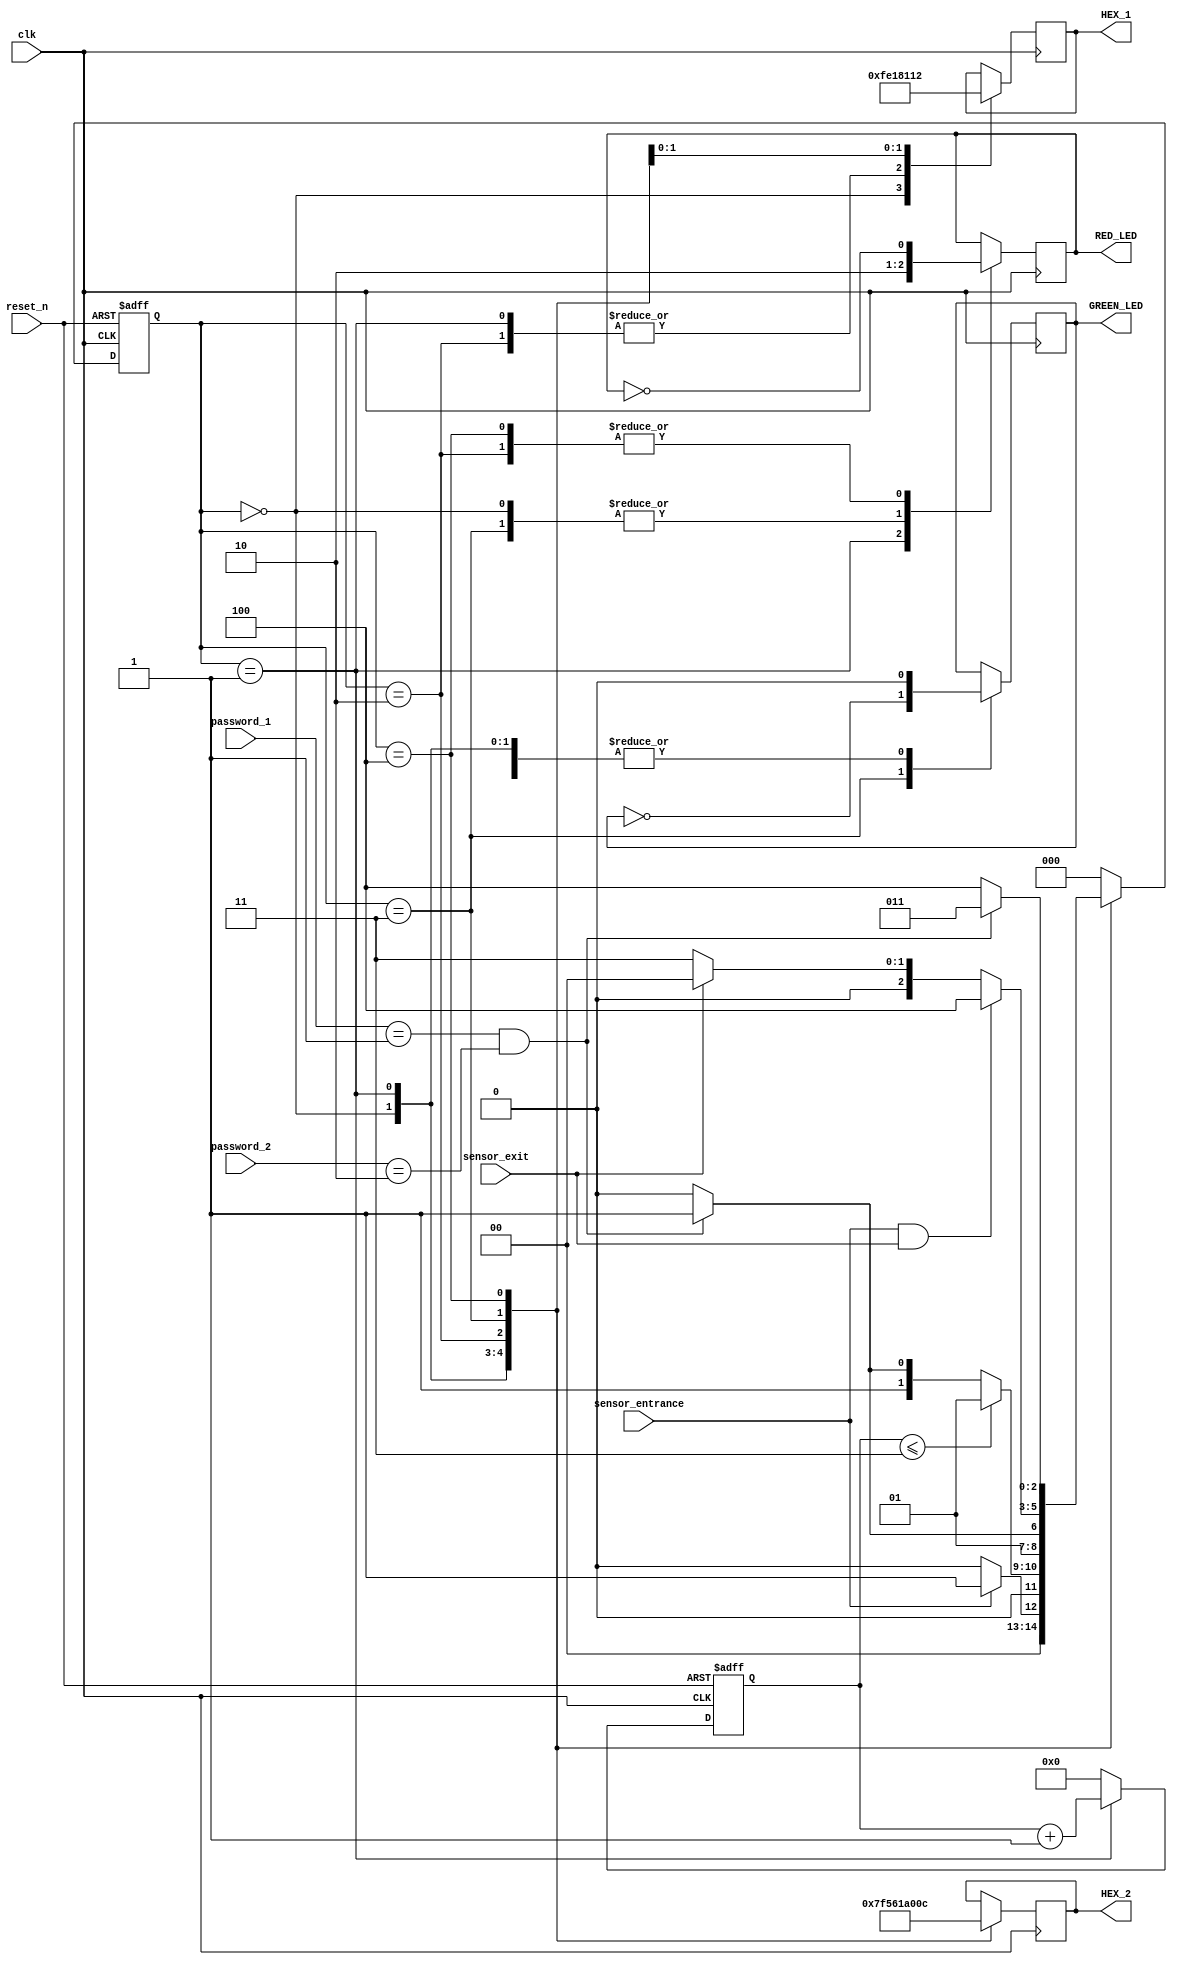
`timescale 1ns / 1ps
//////////////////////////////////////////////////////////////////////////////////
// Company: 
// Engineer: 
// 
// Design Name: 
// Module Name: cpsys
// Project Name: 
// Target Devices: 
// Tool Versions: 
// Description: 
// 
// Dependencies: 
// 
// Revision:
// Revision 0.01 - File Created
// Additional Comments:
// 
//////////////////////////////////////////////////////////////////////////////////


module cpsys(input clk,reset_n,
 input sensor_entrance, sensor_exit, 
 input [1:0] password_1, password_2,
 output wire GREEN_LED,RED_LED,
 output reg [6:0] HEX_1, HEX_2
    );
parameter IDLE = 3'b000, WAIT_PASSWORD = 3'b001, WRONG_PASS = 3'b010, RIGHT_PASS = 3'b011,STOP = 3'b100;
 // Moore FSM : output just depends on the current state
 reg[2:0] current_state, next_state;
 reg[31:0] counter_wait;
 reg red_tmp,green_tmp;
 // Next state
 always @(posedge clk or negedge reset_n)
 begin
 if(~reset_n) 
 current_state = IDLE;
 else
 current_state = next_state;
 end
 // counter_wait
 always @(posedge clk or negedge reset_n) 
 begin
 if(~reset_n) 
 counter_wait <= 0;
 else if(current_state==WAIT_PASSWORD)
 counter_wait <= counter_wait + 1;
 else 
 counter_wait <= 0;
 end
 // change state
 always @(*)
 begin
 case(current_state)
 IDLE: begin
         if(sensor_entrance == 1)
 next_state = WAIT_PASSWORD;
 else
 next_state = IDLE;
 end
 WAIT_PASSWORD: begin
 if(counter_wait <= 3)
 next_state = WAIT_PASSWORD;
 else 
 begin
 if((password_1==2'b01)&&(password_2==2'b10))
 next_state = RIGHT_PASS;
 else
 next_state = WRONG_PASS;
 end
 end
 WRONG_PASS: begin
 if((password_1==2'b01)&&(password_2==2'b10))
 next_state = RIGHT_PASS;
 else
 next_state = WRONG_PASS;
 end
 RIGHT_PASS: begin
 if(sensor_entrance==1 && sensor_exit == 1)
 next_state = STOP;
 else if(sensor_exit == 1)
 next_state = IDLE;
 else
 next_state = RIGHT_PASS;
 end
 STOP: begin
 if((password_1==2'b01)&&(password_2==2'b10))
 next_state = RIGHT_PASS;
 else
 next_state = STOP;
 end
 default: next_state = IDLE;
 endcase
 end
 // LEDs and output, change the period of blinking LEDs here
 always @(posedge clk) begin 
 case(current_state)
 IDLE: begin
 green_tmp = 1'b0;
 red_tmp = 1'b0;
 HEX_1 = 7'b1111111; // off
 HEX_2 = 7'b1111111; // off
 end
 WAIT_PASSWORD: begin
 green_tmp = 1'b0;
 red_tmp = 1'b1;
 HEX_1 = 7'b000_0110; // E
 HEX_2 = 7'b010_1011; // n 
 end
 WRONG_PASS: begin
 green_tmp = 1'b0;
 red_tmp = ~red_tmp;
 HEX_1 = 7'b000_0110; // E
 HEX_2 = 7'b000_0110; // E 
 end
 RIGHT_PASS: begin
 green_tmp = ~green_tmp;
 red_tmp = 1'b0;
 HEX_1 = 7'b000_0010; // 6
 HEX_2 = 7'b100_0000; // 0 
 end
 STOP: begin
 green_tmp = 1'b0;
 red_tmp = ~red_tmp;
 HEX_1 = 7'b001_0010; // 5
 HEX_2 = 7'b000_1100; // P 
 end
 endcase
 end
 assign RED_LED = red_tmp  ;
 assign GREEN_LED = green_tmp;
endmodule